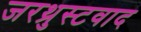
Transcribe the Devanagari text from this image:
जरथ्रुस्टवाद